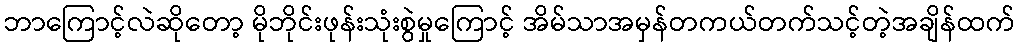
ဘာကြောင့်လဲဆိုတော့ မိုဘိုင်းဖုန်းသုံးစွဲမှုကြောင့် အိမ်သာအမှန်တကယ်တက်သင့်တဲ့အချိန်ထက်